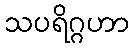
သပရိဂ္ဂဟာ